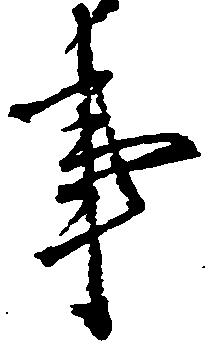
事